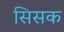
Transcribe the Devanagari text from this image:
सिसक